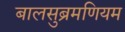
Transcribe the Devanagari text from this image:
बालसुब्रमणियम